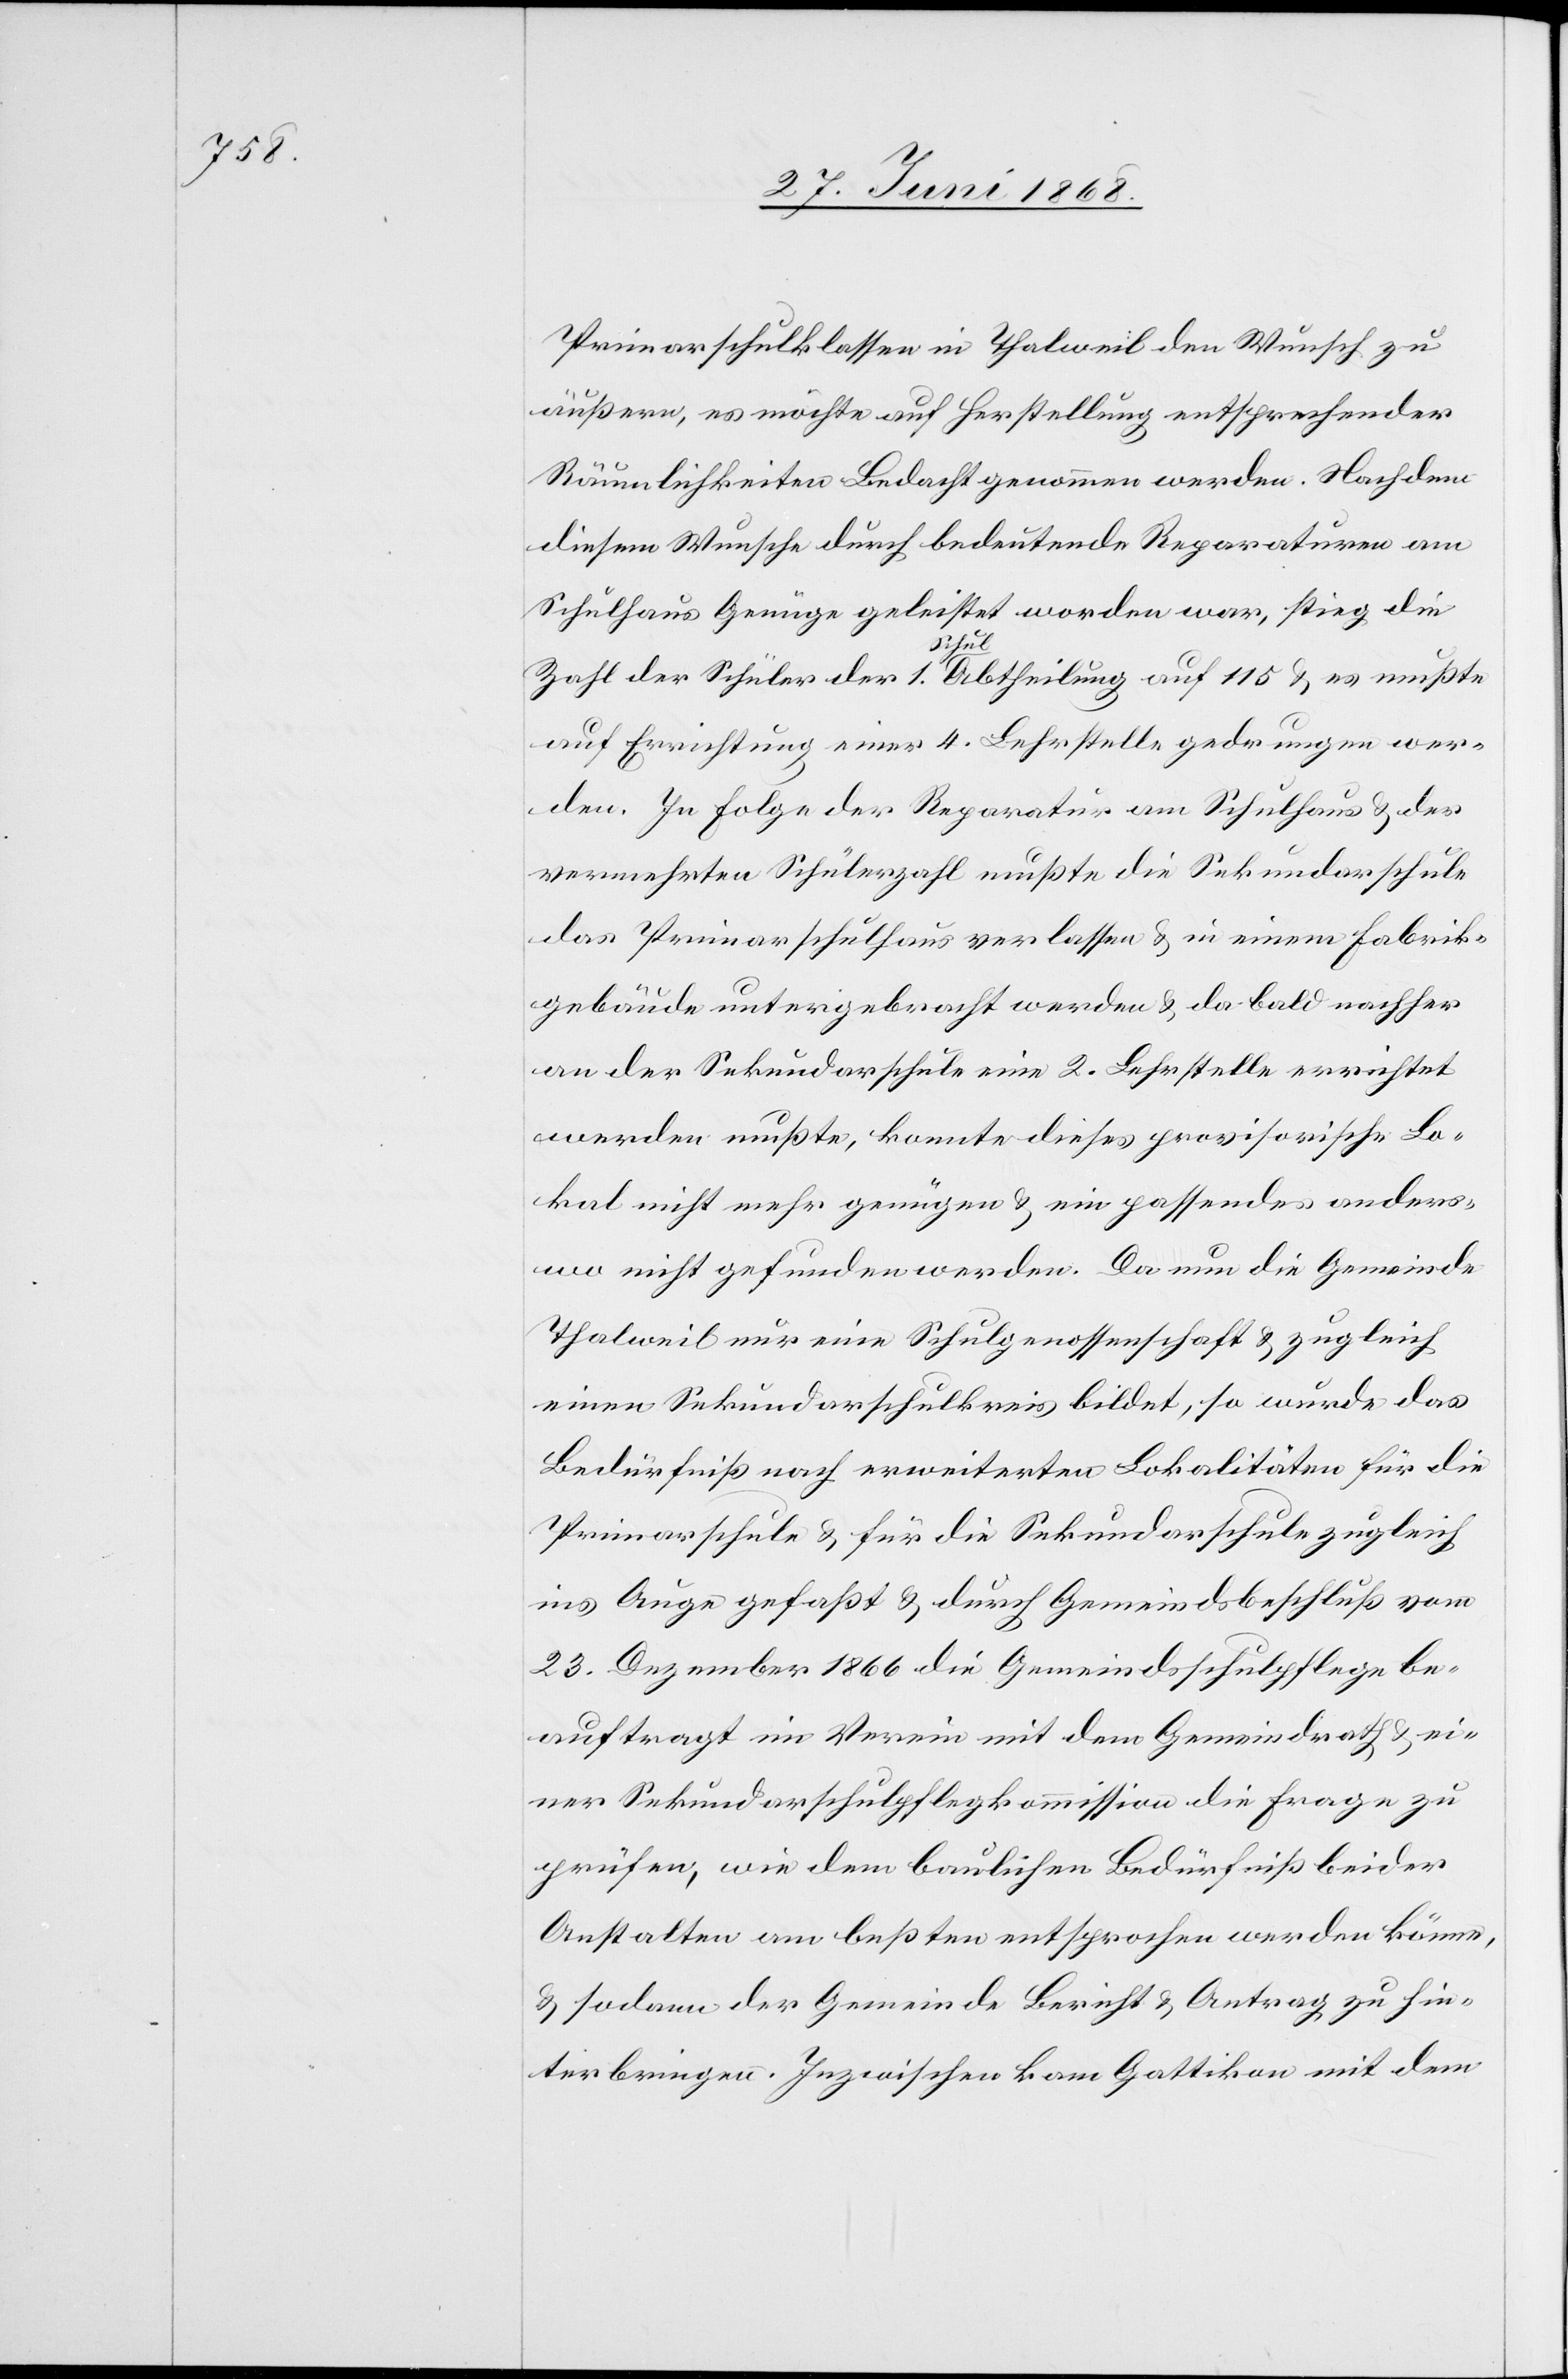
Primarschulklassen in Thalweil den Wunsch zu
äußern, es möchte auf Herstellung entsprechender
Räumlichkeiten Bedacht genommen werden. Nachdem
diesem Wunsche durch bedeutende Reparaturen am
Schulhaus Genüge geleistet worden war, stieg die
Zahl der Schüler der 1. Schul[-]Abtheilung auf 115 & es mußte
auf Errichtung einer 4. Lehrstelle gedrungen wer¬
den. In Folge der Reparatur am Schulhaus & der
vermehrten Schülerzahl mußte die Sekundarschule
das Primarschulhaus verlassen & in einem Fabrik¬
gebäude untergebracht werden & da bald nachher
an der Sekundarschule eine 2. Lehrstelle errichtet
werden mußte, konnte dieses provisorische Lo¬
kal nicht mehr genügen & ein passendes anders¬
wo nicht gefunden werden. Da nun die Gemeinde
Thalweil nur eine Schulgenossenschaft & zugleich
einen Sekundarschulkreis bildet, so wurde das
Bedürfniß nach erweiterten Lokalitäten für die
Primarschule & für die Sekundarschule zugleich
ins Auge gefaßt & durch Gemeindsbeschluß vom
23. Dezember 1866 die Gemeindsschulpflege be¬
auftragt im Verein mit dem Gemeindrath & ei¬
ner Sekundarschulpflegkommission die Frage zu
prüfen, wie dem baulichen Bedürfniß beider
Anstalten am beßten entsprochen werden könne,
& sodann der Gemeinde Bericht & Antrag zu hin¬
terbringen. Inzwischen kam Gattikon mit dem